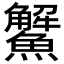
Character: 𩼠